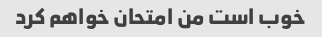
خوب است من امتحان خواهم کرد